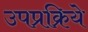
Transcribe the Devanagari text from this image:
उपप्रक्रिये